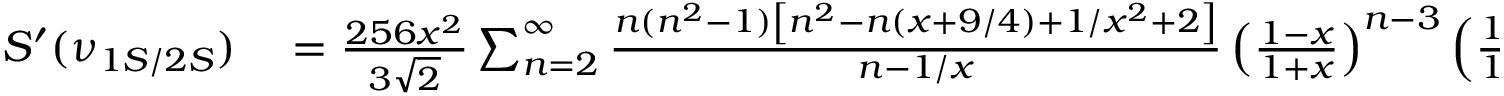
\begin{array} { r l } { S ^ { \prime } ( \nu _ { 1 S / 2 S } ) } & { { } = \frac { 2 5 6 x ^ { 2 } } { 3 \sqrt { 2 } } \sum _ { n = 2 } ^ { \infty } \frac { n ( n ^ { 2 } - 1 ) \left[ n ^ { 2 } - n ( x + 9 / 4 ) + 1 / x ^ { 2 } + 2 \right] } { n - 1 / x } \left( \frac { 1 - x } { 1 + x } \right) ^ { n - 3 } \left( \frac { 1 / 2 - x } { 1 / 2 + x } \right) ^ { n - 4 } } \end{array}